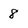
Character: 8